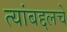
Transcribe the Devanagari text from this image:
त्यांबद्दलचे